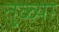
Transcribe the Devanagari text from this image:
तुळ्या